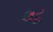
લટૂ